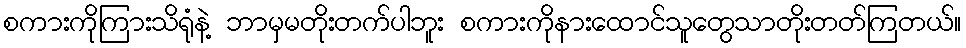
စကားကိုကြားသိရုံနဲ့ ဘာမှမတိုးတက်ပါဘူး စကားကိုနားထောင်သူတွေသာတိုးတတ်ကြတယ်။